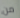
من